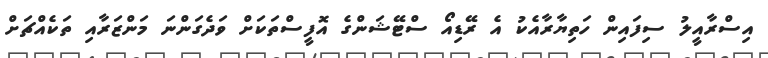
އިސްރާއީލު ސިފައިން ހަތިޔާރާއެކު އެ ރޭޑިއޯ ސްޓޭޝަންގެ އޮފީސްތަކަށް ވަދެގަންނަ މަންޒަރާއި ތަކެއްޗަށް